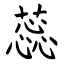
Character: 蕊